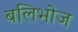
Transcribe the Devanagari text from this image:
बलिभोज